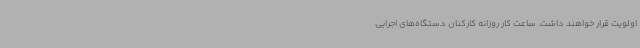
اولویت قرار خواهند داشت. ساعت کار روزانه کارکنان دستگاه‌های اجرایی